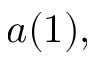
a ( 1 ) ,